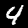
Label: 4